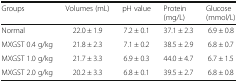
<table><thead><tr><td><b>Groups</b></td><td><b>Volumes (mL)</b></td><td><b>pH value</b></td><td><b>Protein (mg/L)</b></td><td><b>Glucose (mmol/L)</b></td></tr></thead><tbody><tr><td>Normal</td><td>22.0 ± 1.9</td><td>7.2 ± 0.1</td><td>37.1 ± 2.3</td><td>6.9 ± 0.8</td></tr><tr><td>MXGST 0.4 g/kg</td><td>21.8 ± 2.3</td><td>7.1 ± 0.2</td><td>38.5 ± 2.9</td><td>6.8 ± 0.7</td></tr><tr><td>MXGST 1.0 g/kg</td><td>21.7 ± 3.3</td><td>6.9 ± 0.3</td><td>44.0 ± 4.7</td><td>6.7 ± 1.5</td></tr><tr><td>MXGST 2.0 g/kg</td><td>20.2 ± 3.3</td><td>6.8 ± 0.1</td><td>39.5 ± 2.7</td><td>6.8 ± 0.8</td></tr></tbody></table>